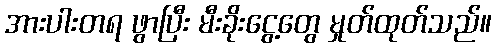
အားပါးတရ ဖွာပြီး မီးခိုးငွေ့တွေ မှုတ်ထုတ်သည်။